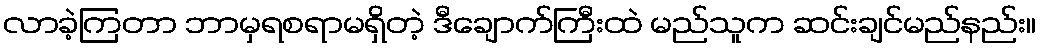
လာခဲ့ကြတာ ဘာမှရစရာမရှိတဲ့ ဒီချောက်ကြီးထဲ မည်သူက ဆင်းချင်မည်နည်း။